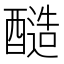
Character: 𮡀